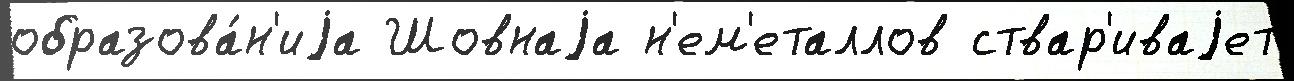
образова́н'иjа Шовнаjа н'ем'еталлов ствар'иваjет